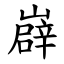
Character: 㠔